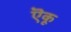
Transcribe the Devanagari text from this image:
ऎकू